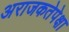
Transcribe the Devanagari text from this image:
अराजकतेपेक्षा